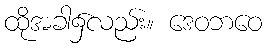
ထိုအခါ၌လည်း။ ဒေဝဘဝေ